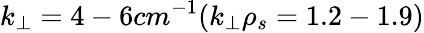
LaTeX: k_{\perp}=4-6cm^{-1}(k_{\perp}\rho_{s}=1.2-1.9)